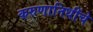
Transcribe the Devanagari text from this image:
करुणानिधींचे